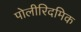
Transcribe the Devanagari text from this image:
पोलीरिदमिक